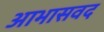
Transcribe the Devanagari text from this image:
आभासवद